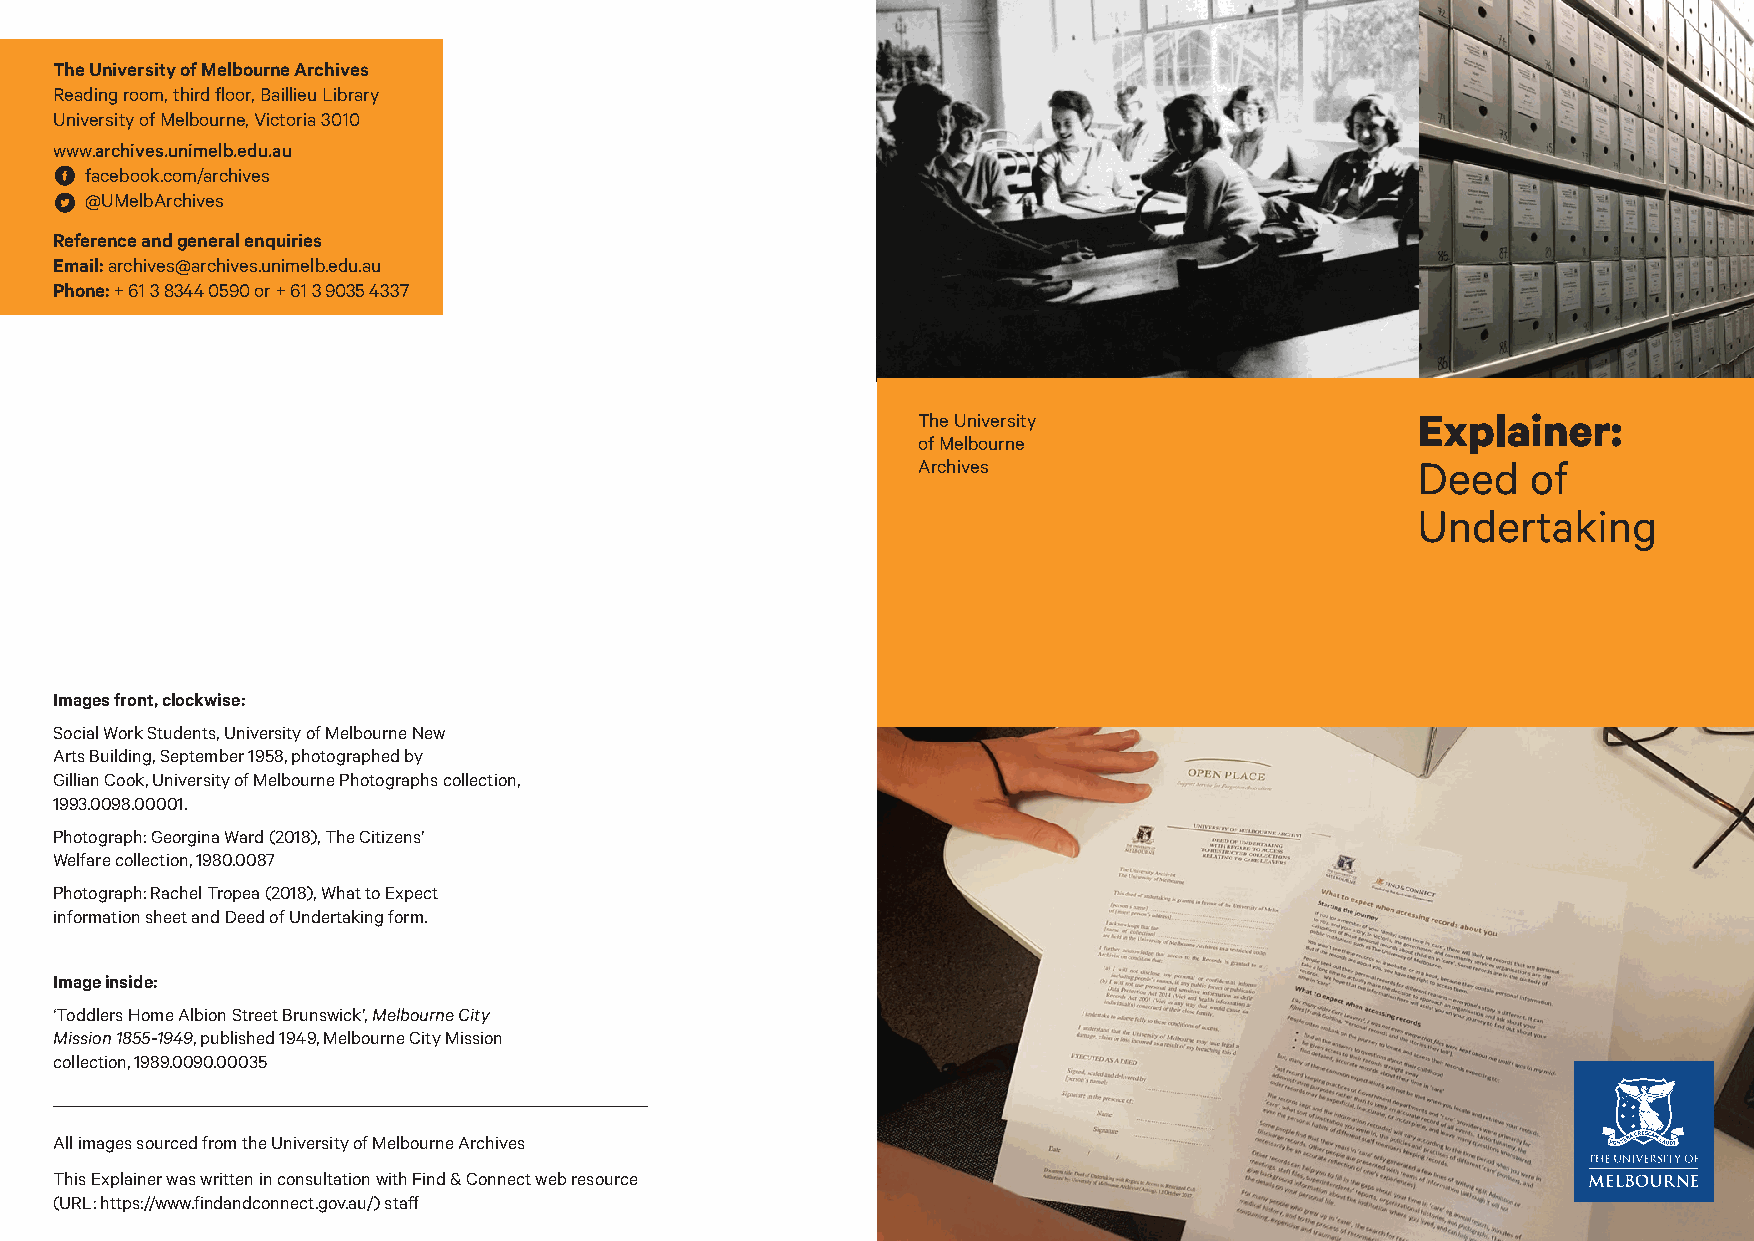
The University of Melbourne Archives
 Reading room, third floor, Baillieu Library
 University of Melbourne, Victoria 3010
 www.archives.unimelb.edu.au
 facebook.com/archives
 @UMelbArchives
 Reference and general enquiries
 Email: archives@archives.unimelb.edu.au
 Phone: + 61 3 8344 0590 or + 61 3 9035 4337
 The University                   Explainer:
 of Melbourne
 Archives                         Deed   of
 Undertaking
 Images front, clockwise:
 Social Work Students, University of Melbourne New
 Arts Building, September 1958, photographed by
 Gillian Cook, University of Melbourne Photographs collection,
 1993.0098.00001.
 Photograph: Georgina Ward (2018), The Citizens’
 Welfare collection, 1980.0087
 Photograph: Rachel Tropea (2018), What to Expect
 information sheet and Deed of Undertaking form.
 Image inside:
 ‘Toddlers Home Albion Street Brunswick’, Melbourne City
 Mission 1855-1949, published 1949, Melbourne City Mission
 collection, 1989.0090.00035
 All images sourced from the University of Melbourne Archives
 This Explainer was written in consultation with Find & Connect web resource
 (URL: https://www.findandconnect.gov.au/) staff